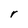
Character: r